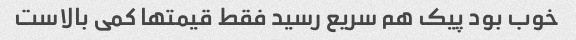
خوب بود پیک هم سریع رسید فقط قیمتها کمی بالاست